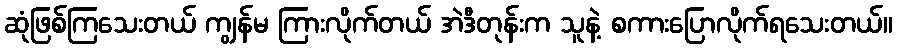
ဆုံဖြစ်ကြသေးတယ် ကျွန်မ ကြားလိုက်တယ် အဲဒီတုန်းက သူနဲ့ စကားပြောလိုက်ရသေးတယ်။